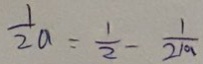
\frac { 1 } { 2 } a = \frac { 1 } { 2 } - \frac { 1 } { 2 1 a }